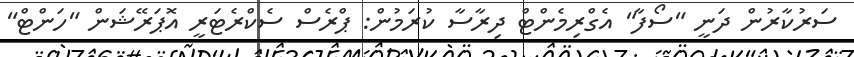
ސަރުކާރުން ދަނީ "ސޯފާ" އެގްރިމެންޓް ދިރާސާ ކުރަމުން: ޕްރެސް ސެކްރެޓަރީ އޮޕަރޭޝަން "ހަންޓް"